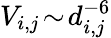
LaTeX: V_{i,j}\! \sim\! d_{i,j}^{-6}